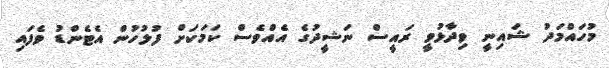
މުހައްމަދު ޝައިނީ ވިދާޅުވީ ރައީސް ނަޝީދުގެ އެއްވެސް ކަމަކަށް ފުލުހުން އެޓެންޑު ވެފައި